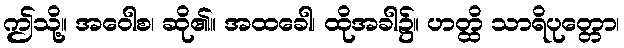
ဤသို့။ အဝေါစ၊ ဆို၏။ အထခေါ၊ ထိုအခါ၌။ ဟတ္ထိ သာရိပုတ္တော၊